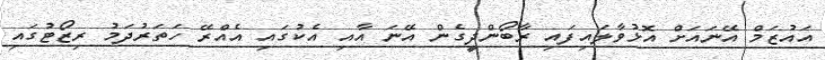
އައުޒަމް އޭނައަށް އޮޅުވާލައިފައި ރާބޯންދީގެން އޭނަ އާއި އެކުގައި އެއްރޭ ހަތަރުދަމު ރިޒޯޓުގައި